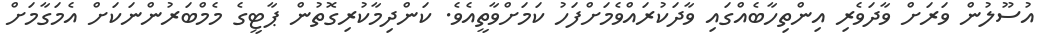
އުސޫލުން ވަރަށް ވާދަވެރި އިންތިހާބެއްގައި ވާދަކުރައްވެމަށްފަހު ކަމަށްވާތީއެވެ. ކަންދިމާކުރިގޮތުން ޕާޓީގެ މެމްބަރުންނަކަށް އެމަގާމަށް